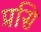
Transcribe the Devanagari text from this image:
प्रसि